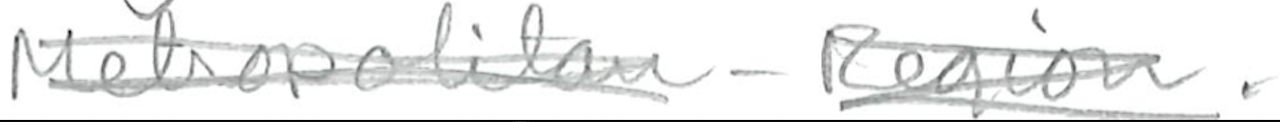
Text: Metropolitan-Region.
Cross-out: scratch
Writing tool: pencil